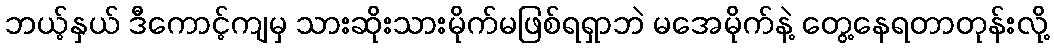
ဘယ့်နှယ် ဒီကောင့်ကျမှ သားဆိုးသားမိုက်မဖြစ်ရရှာဘဲ မအေမိုက်နဲ့ တွေ့နေရတာတုန်းလို့